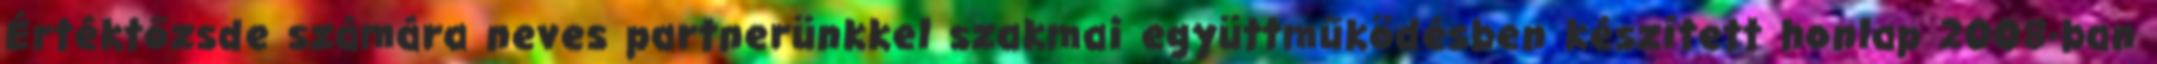
Értéktőzsde számára neves partnerünkkel szakmai együttműködésben készített honlap 2008-ban